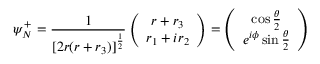
\psi _ { N } ^ { + } = \frac { 1 } { [ 2 r ( r + r _ { 3 } ) ] ^ { \frac { 1 } { 2 } } } \left( \begin{array} { c } { { r + r _ { 3 } } } \\ { { r _ { 1 } + i r _ { 2 } } } \end{array} \right) = \left( \begin{array} { c } { { \cos \frac { \theta } { 2 } } } \\ { { e ^ { i \phi } \sin \frac { \theta } { 2 } } } \end{array} \right)